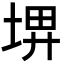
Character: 𡌹